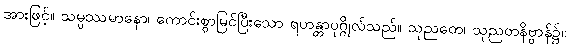
အားဖြင့်။ သမ္ပဿမာနော၊ ကောင်းစွာမြင်ပြီးသော ရဟန္တာပုဂ္ဂိုလ်သည်။ သုညတေ၊ သုညတနိဗ္ဗာန်၌။